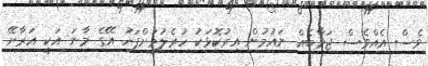
ވެސް އެއްވެސް ޖަވާބެއް ނައުމުން އިރުކޮޅަކު ހުރެލުމަށްފަހު އޭގެ މާނަ އަކީ އަރާށޭ